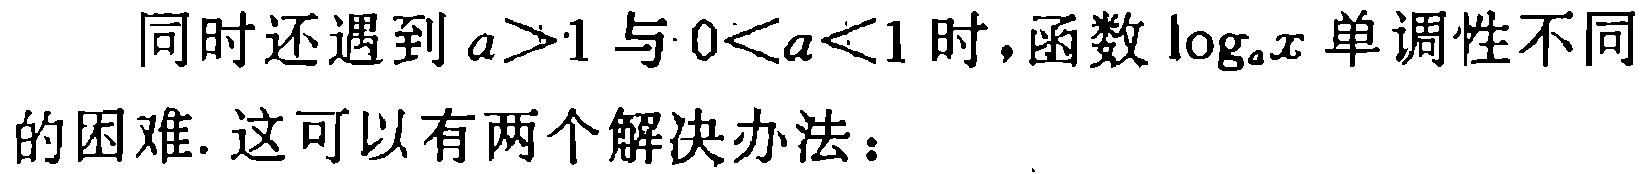
同时还遇到\(a>1\)与\(0<a<1\)时，函数\(\log_{a}x\)单调性不同的困难. 这可以有两个解决办法：